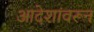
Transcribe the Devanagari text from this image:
आदेशांवरून